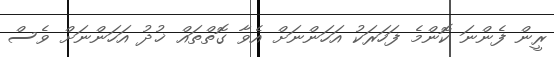
ރީން ފެންނަ ކޮންމެ ފަހަރަކު އަހަންނަށް އެވާ ގޮތްތައް ޚުދު އަހަންނަށް ވެސް